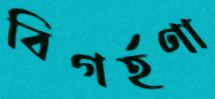
বিগর্হণা